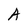
Character: A